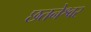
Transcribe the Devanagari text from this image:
छतनेश्वर